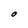
Character: O